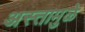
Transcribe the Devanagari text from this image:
अस्तामुळे